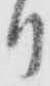
り